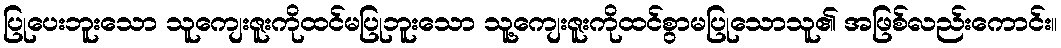
ပြုပေးဘူးသော သူကျေးဇူးကိုထင်မပြုဘူးသော သူ့ကျေးဇူးကိုထင်စွာမပြုသောသူ၏ အဖြစ်လည်းကောင်း။